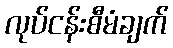
လုပ်ငန်းစီမံချက်